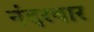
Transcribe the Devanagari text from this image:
नंदरबार